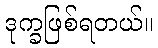
ဒုက္ခဖြစ်ရတယ်။